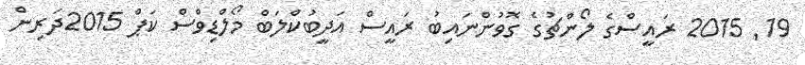
19